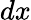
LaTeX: dx